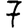
Digit: 7